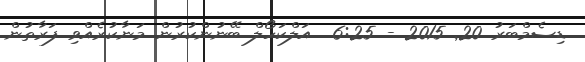
ޑިސެމްބަރު 20